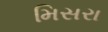
મિસરા